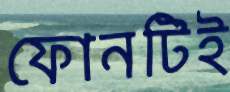
ফোনটিই